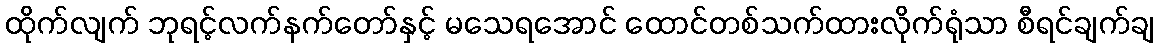
ထိုက်လျက် ဘုရင့်လက်နက်တော်နှင့် မသေရအောင် ထောင်တစ်သက်ထားလိုက်ရုံသာ စီရင်ချက်ချ